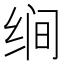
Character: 𰬝